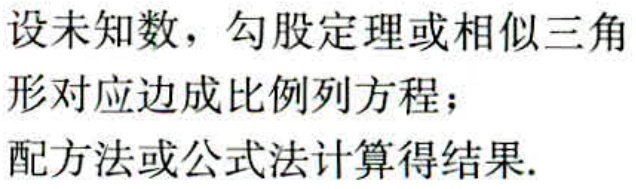
设未知数，勾股定理或相似三角形对应边成比例列方程；

配方法或公式法计算得结果.